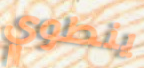
ينطوي